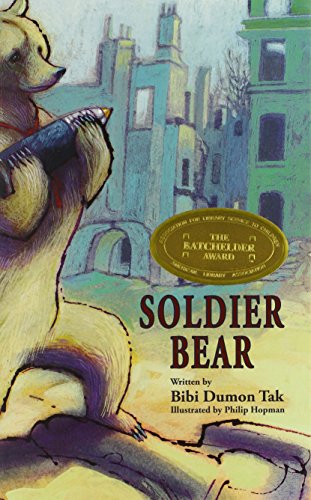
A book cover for Soldier Bear; Bibi Dumon Tak; Teen & Young Adult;